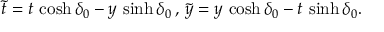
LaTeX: \tilde { t } = t \, \cosh \delta _ { 0 } - y \, \sinh \delta _ { 0 } \, , \, \tilde { y } = y \, \cosh \delta _ { 0 } - t \, \sinh \delta _ { 0 } .